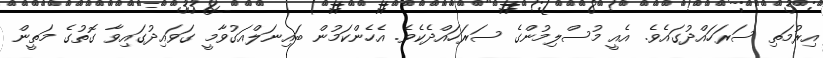
އިރުމަތި ސަރަހައްދުގައެވެ. އެއީ މުސްލިމުންގެ ސަރަހައްދެކެވެ. އެހެންކަމުން ބައިނަލްއަގުވާމީ ގަވައިދުގައިވާ ގޮތުގެ މަތީން